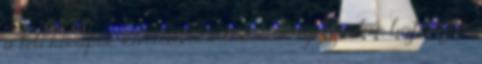
a téli hónapok kivételével a termelők egész évben biztosítják